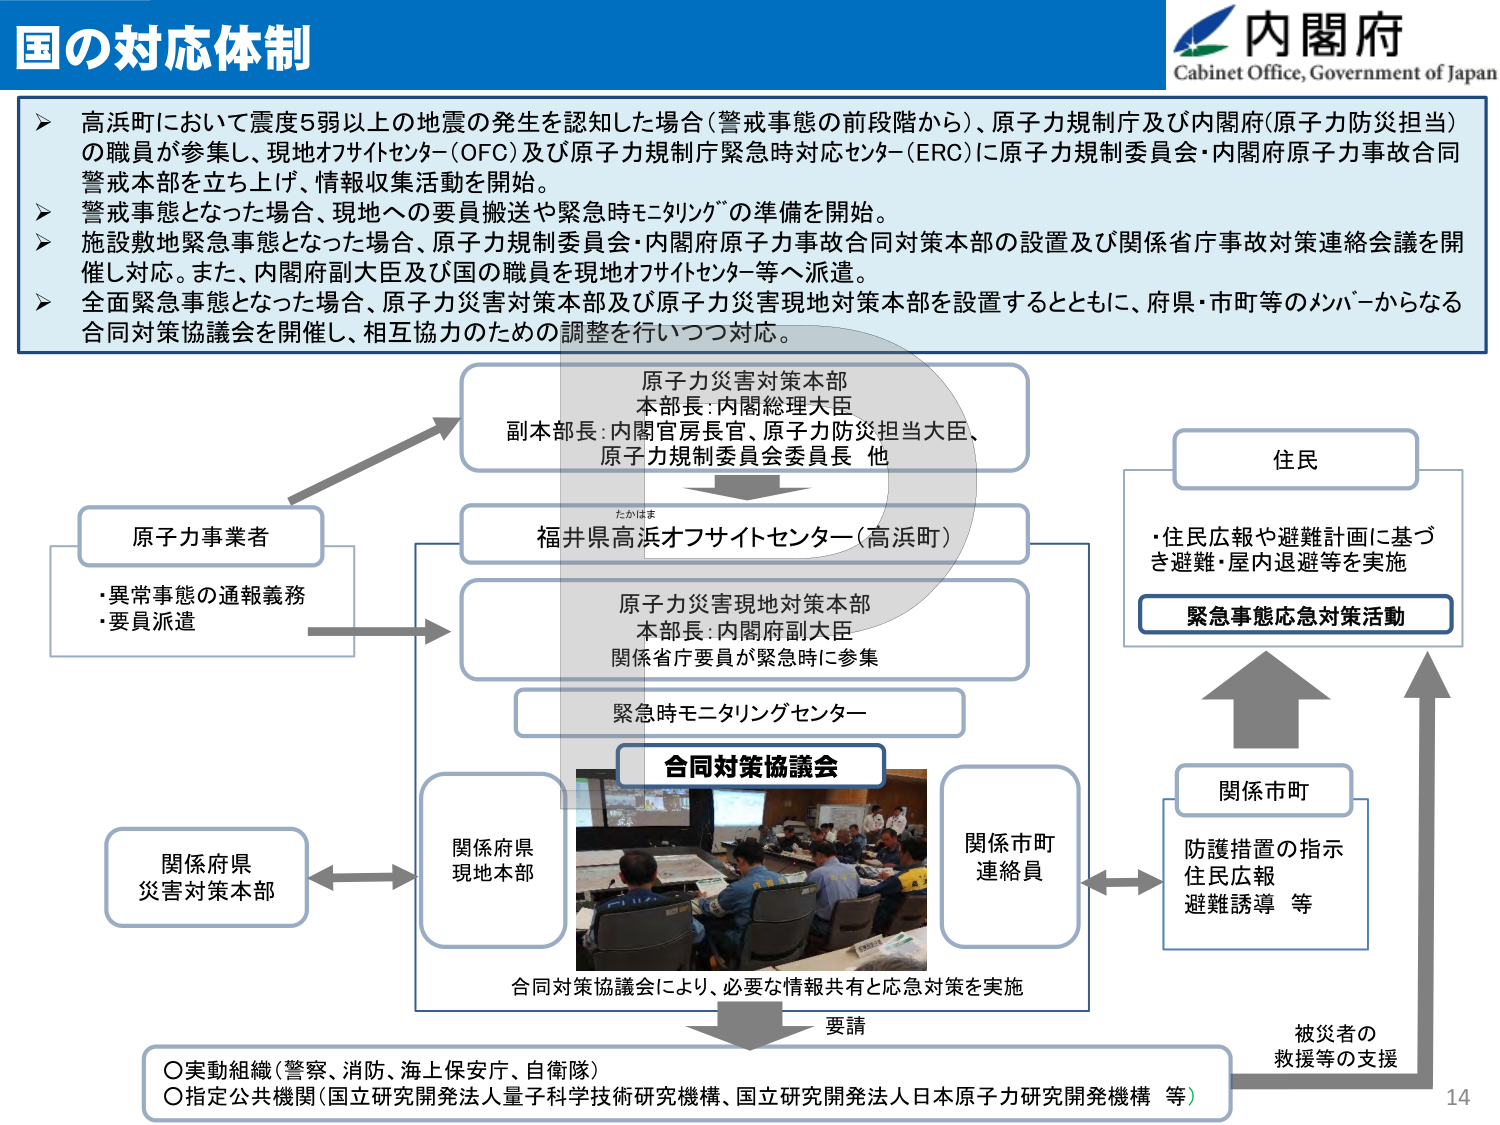
国の対応体制

内閣府
Cabinet Office, Government of Japan

▶ 高浜町において震度5弱以上の地震の発生を認知した場合（警戒事態の前段階から）、原子力規制庁及び内閣府（原子力防災担当）の職員が参集し、現地オフサイトセンター（OFC）及び原子力規制庁緊急時対応センター（ERC）に原子力規制委員会・内閣府原子力事故合同警戒本部を立ち上げ、情報収集活動を開始。
▶ 警戒事態となった場合、現地への要員搬送や緊急時モニタリングの準備を開始。
▶ 施設敷地緊急事態となった場合、原子力規制委員会・内閣府原子力事故合同対策本部の設置及び関係省庁事故対策連絡会議を開催し対応。また、内閣府副大臣及び国の職員を現地オフサイトセンター等へ派遣。
▶ 全面緊急事態となった場合、原子力災害対策本部及び原子力災害現地対策本部を設置するとともに、府県・市町等のメンバーからなる合同対策協議会を開催し、相互協力のための調整を行いつつ対応。

原子力災害対策本部
本部長：内閣総理大臣
副本部長：内閣官房長官、原子力防災担当大臣、原子力規制委員会委員長 他

福井県高浜オフサイトセンター（高浜町）

原子力災害現地対策本部
本部長：内閣府副大臣
関係省庁要員が緊急時に参集

緊急時モニタリングセンター

合同対策協議会

原子力事業者
・異常事態の通報義務
・要員派遣

関係府県
災害対策本部

関係府県
現地本部

関係市町
連絡員

関係市町
防護措置の指示
住民広報
避難誘導 等

住民
・住民広報や避難計画に基づき避難・屋内退避等を実施
緊急事態応急対策活動

合同対策協議会により、必要な情報共有と応急対策を実施

要請

○実動組織（警察、消防、海上保安庁、自衛隊）
○指定公共機関（国立研究開発法人量子科学技術研究機構、国立研究開発法人日本原子力研究開発機構 等）

被災者の
救援等の支援

14